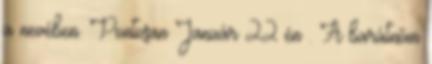
a nevében. Pontosan Január 22 én . A barátnőm